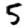
Digit: 5